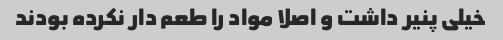
خیلی پنیر داشت و اصلا مواد را طعم دار نکرده بودند